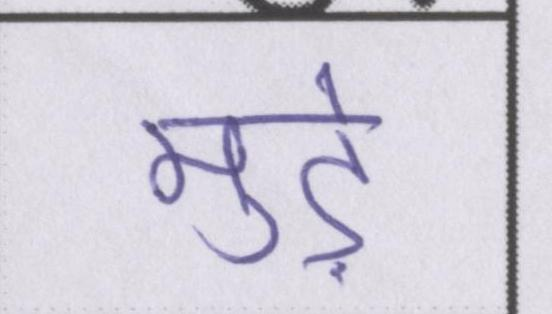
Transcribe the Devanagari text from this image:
मुड़े